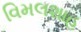
વિમલશાહ